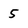
Character: 5